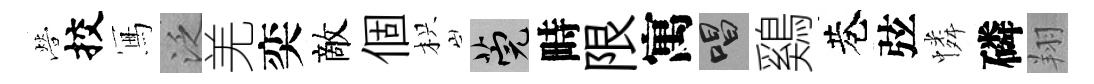
營挍冩泛羌奕敵個枳筦畤限寓唱鷄巷弦憐磷翔